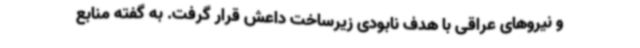
و نیروهای عراقی با هدف نابودی زیرساخت داعش قرار گرفت. به گفته منابع